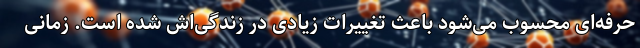
حرفه‌ای محسوب می‌شود باعث تغییرات زیادی در زندگی‌اش شده است. زمانی